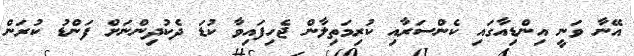
އޭނާ ވަނީ އިންޑިއާގައި ކެންސަރާއި ކުރިމަތިލާން ޖެހިފައިވާ ކުޑަ ދެކުދިންނަށް ފަންޑު ކުރަން